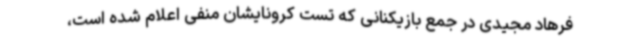
فرهاد مجیدی در جمع بازیکنانی که تست کرونایشان منفی اعلام شده است،